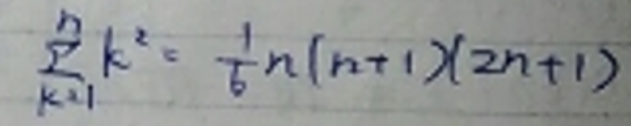
\[
\sum_{k = 1}^{n} k^{2}=\frac{1}{6}n(n + 1)(2n+1)
\]